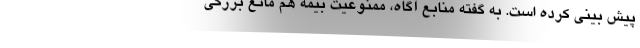
پیش بینی کرده است. به گفته منابع آگاه، ممنوعیت بیمه هم مانع بزرگی